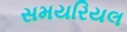
સમયરિયલ